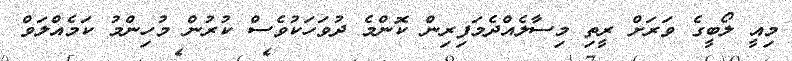
މިއީ ލޯބީގެ ވަރަށް ރީތި މިސާލެއްދެމަފިރިން ކޮންމެ ދުވަހަކުވެސް ކުރުން މުހިންމު ކަމެއްލަވް